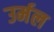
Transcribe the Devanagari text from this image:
उर्मल